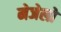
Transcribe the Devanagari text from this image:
मेजेलो